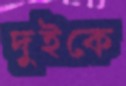
দুইকে